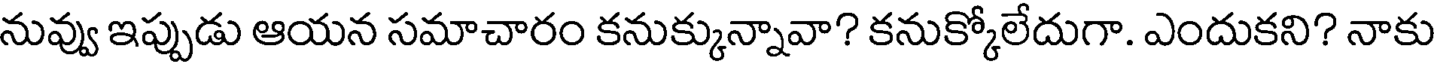
నువ్వు ఇప్పుడు ఆయన సమాచారం కనుక్కున్నావా? కనుక్కోలేదుగా. ఎందుకని? నాకు